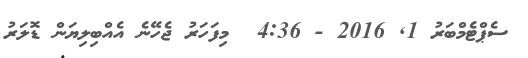
ސެޕްޓެމްބަރު 1